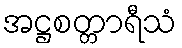
အဋ္ဌစတ္တာရီသံ